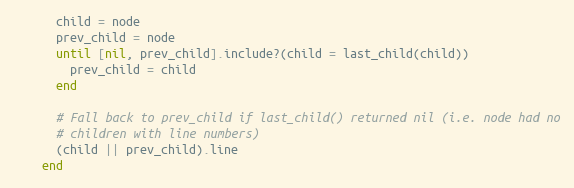
Language: Ruby
      child = node
      prev_child = node
      until [nil, prev_child].include?(child = last_child(child))
        prev_child = child
      end

      # Fall back to prev_child if last_child() returned nil (i.e. node had no
      # children with line numbers)
      (child || prev_child).line
    end